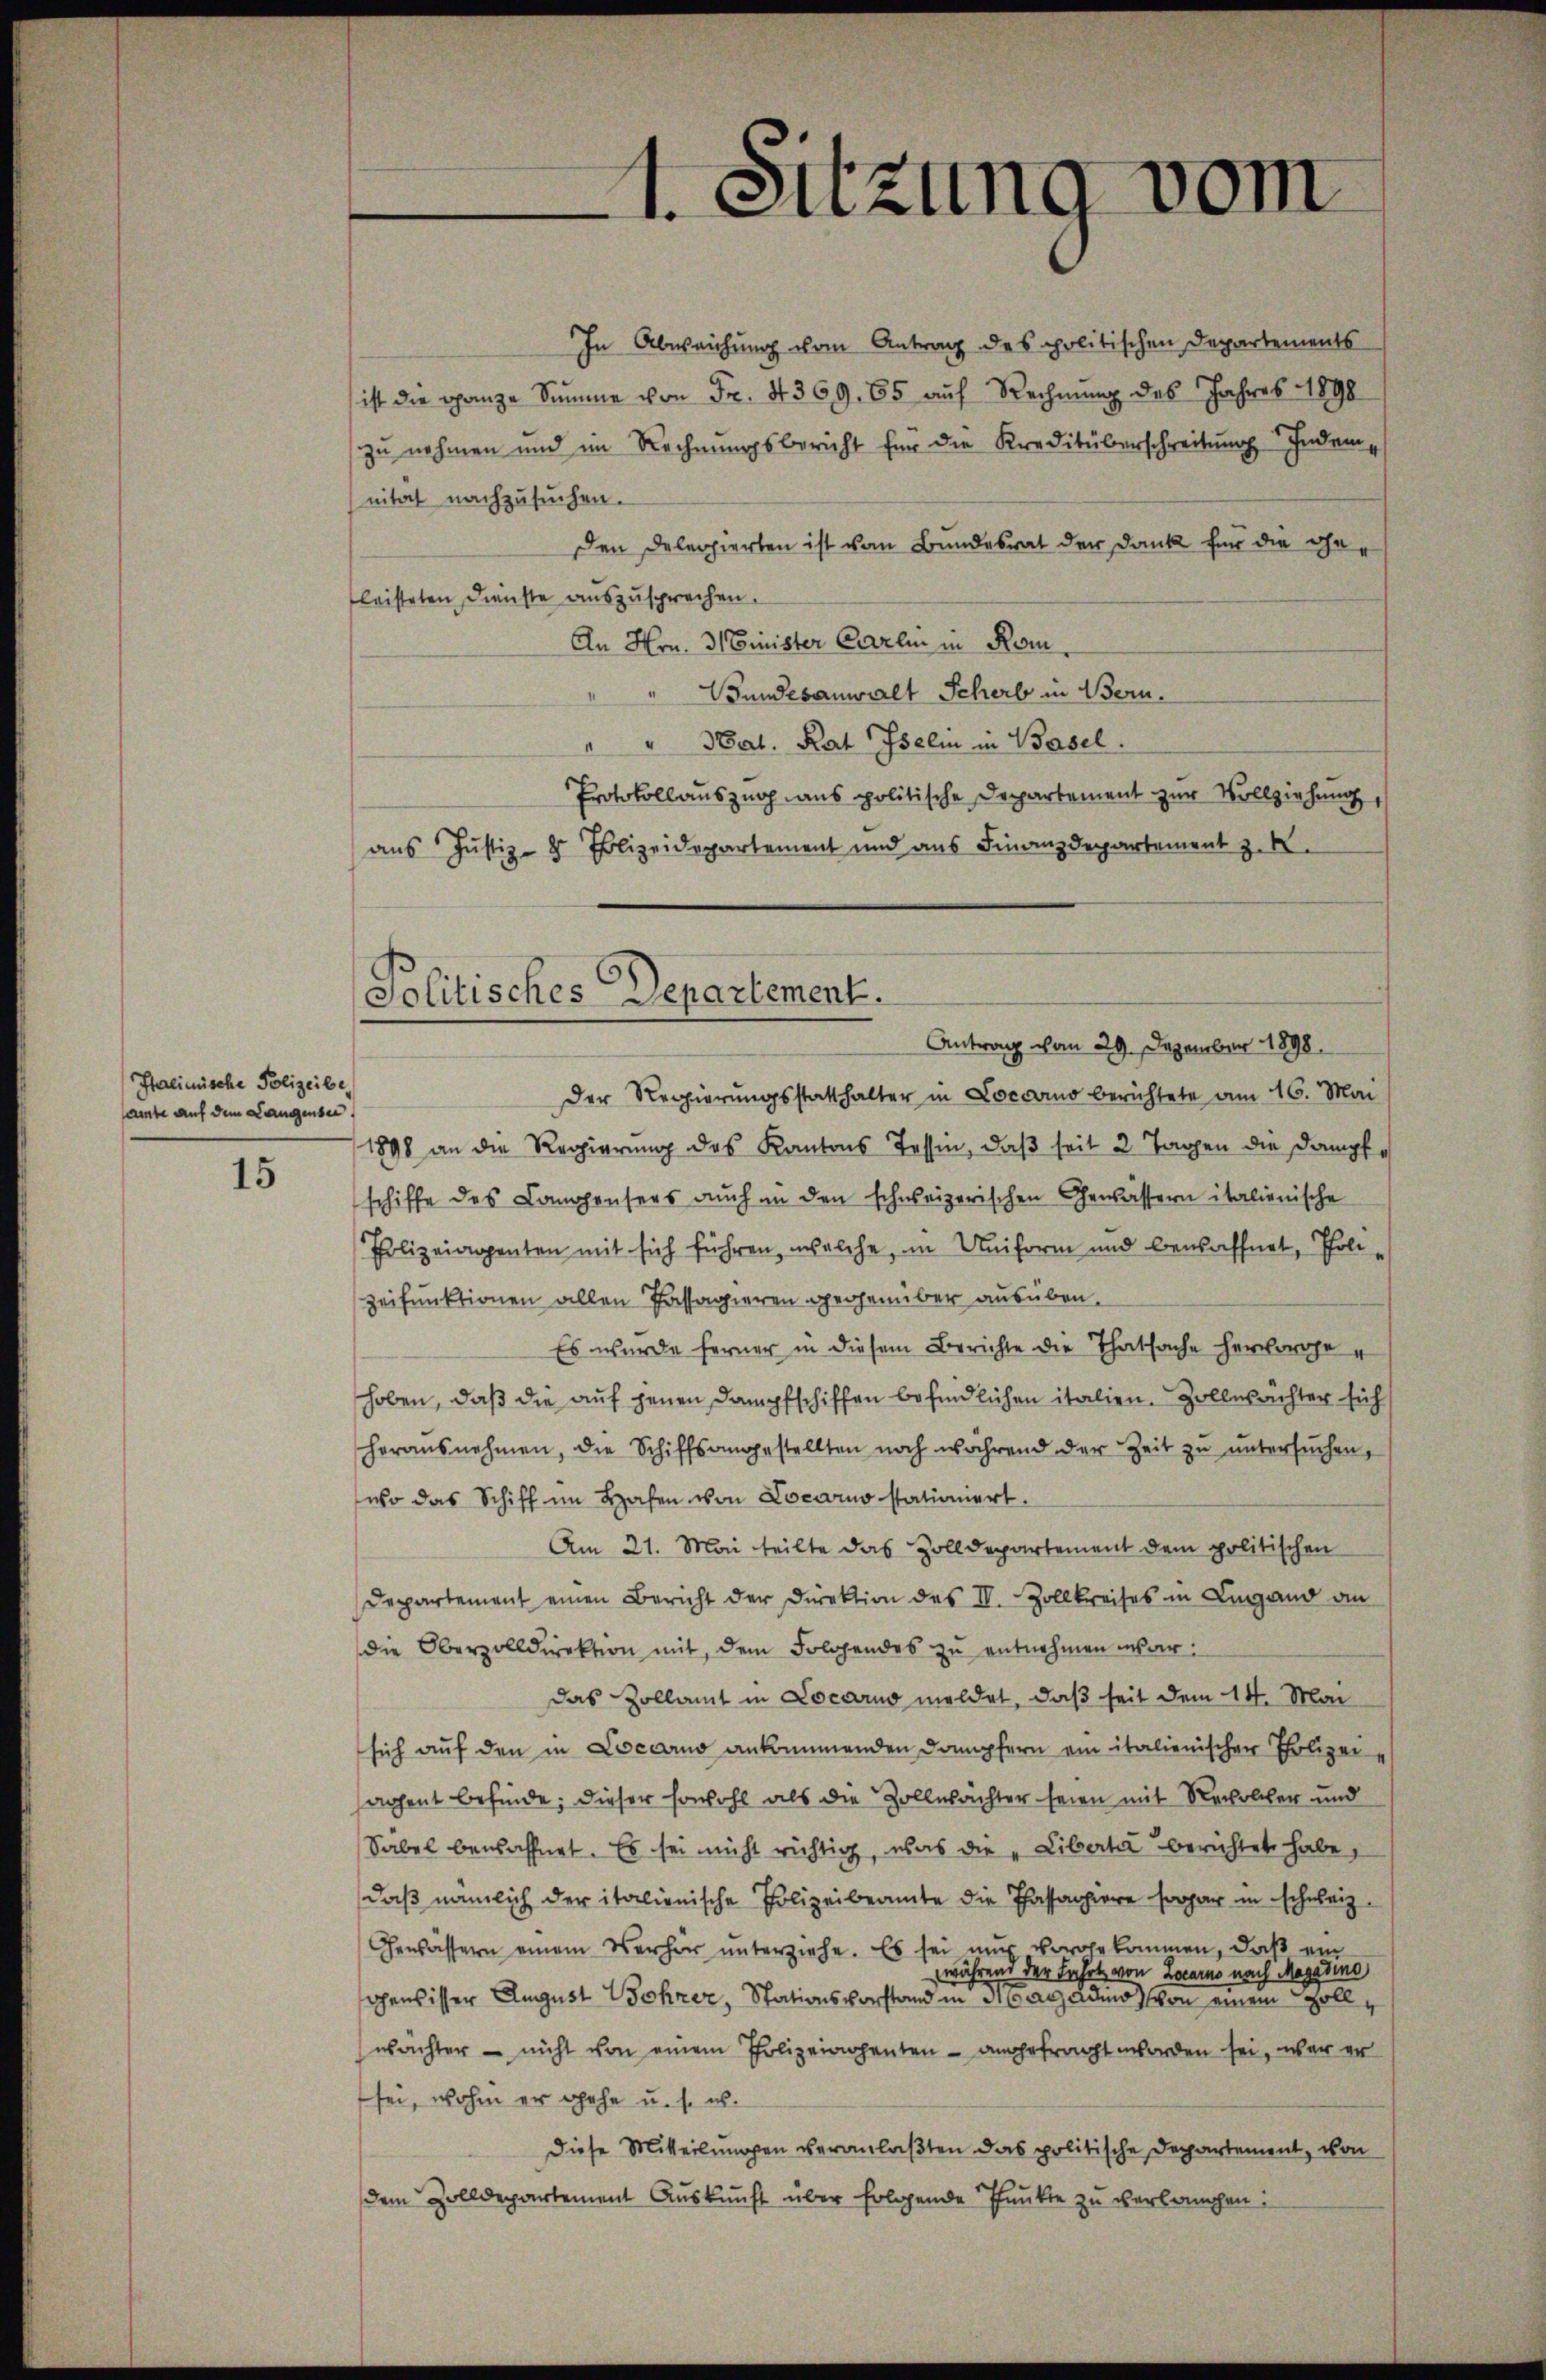
Italinische Polizeibe
amte auf dem Langensei

15

In Abweichung vom Antrag des politischen Departements
ist die ganze Summe von Fr. 4369. 65 auf Rechnŭng des Jahres 1890
zu nehmen und im Rechnungsbericht für die Kreditüberschreibung Indem
nitat nachzusuchen.
den Delegierten ist vom Bundesrat der Dank für die Gefleisteten Dienste auszusprechen.
An Hrn. Minister Carlin in Rom.
Wundesanwalt Scherb in Bern.
"" Nat. Rat Iseli in Basel.
Protokollauszug aus politische Departement zur Vollziehung,
aus Justiz- & Polizeidepartement und aus Finanzdepartement z. B.
Antrag vom 29. Dezember 1898.
Der Regierungsstatthalter in Locarno berichtete am 16. Mai
1898 an die Regierung des Kantons Tessin, daß seit 2 Tagen die Dampfschiffe des Compensers auch in den schweizerischen Gewässern italienische
Polizeiappenten mit sich führen, welche, in Uniform und bewaffnet, Polizeifunktionen allen Passagieren gegenüber ausüben.
Es wurde ferner in diesem Berichte die Thatsache hervorge u
hoben, daß die auf jenen Dampfschiffen befindlichen italien. Zollwächter sich
horaŭsnehmen, die Schiffsangestellten noch während der Zeit zŭ ŭntersŭchen,
wo das Schiff im Hafen von Locarno stationiert.
Am 21. Mai teilte das Zolldepartement dem politischen
Departement einen Bericht der Direktion des IV. Zollkreises in Lugand an
die Oberzolldirektion mit dem Folgendes zŭ entnehmen war.
das Zollamt in Locarno meldet, daß seit dem 14. Mai
sich auf den in Locarno ankommenden Dampfern ein italienischen Ehrlizei e
achent befinde; dieser sowohl als die Zollwächter seien mit Recoller und
Säbel bewaffnet. Es sei nicht richtig, was die „Liberta berichtet habe,
daß nämlich der italienische Polizeibeamte die Passagiere sogar in schweiz.
Gewässern einem Verher ŭnterziehe. Es sei nŭr vorgekommen, daβ ein
während der Fahrt von Locarno nach Magadino
censister August Bohrer, Stationsvorstand in May adio von einem Schollwächter - nicht von einem Polizeiachenten - angefragt worden sei, war er
sei, wohin er gehe u. s. w.
Diese Mitteilungen veranlaßten das politische Departement, von
dem Zolldepartement Auskunft über folgende Funkte zu verlangen:

1. Sitzung

Politisches Departement.

vom